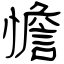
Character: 憺